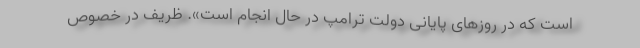
است که در روزهای پایانی دولت ترامپ در حال انجام است». ظریف در خصوص